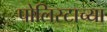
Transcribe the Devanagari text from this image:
पोलिस्टाच्या